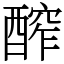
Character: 醡